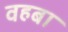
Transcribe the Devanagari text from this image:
वहबा